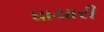
ધાયારી